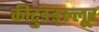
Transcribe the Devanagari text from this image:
कीटुङङ्ल्लूर